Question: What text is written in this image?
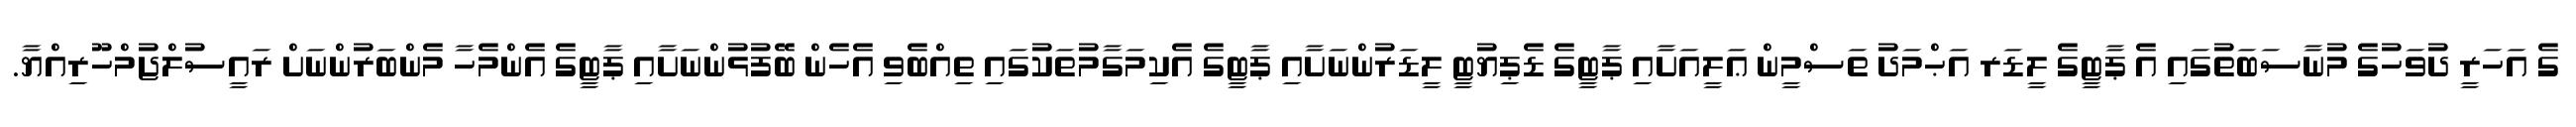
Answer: ގެ އަހަރީ ދުވަހުގެ މުނާސަބަތުގައި އެ ޕާޓީގެ ލީޑަރ އަޙްމަދު ތަސްމީން ޢަލީއަށާއި ޕާޓީގެ ޑެޕިޔުޓީ ލީޑަރުންނަށާއި ޕާޓީގެ އެކިމަގާމުތަކުގައި ތިއްބެވި އެހެން ބޭފުޅުންނަށާއި ޕާޓީގެ އެންމެހާ މެންބަރުންނަށް ރައީސުލްޖުމްހޫރިއްޔާ.